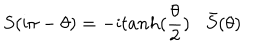
S ( \mathrm { i } \pi - \theta ) = - \mathrm { i } t a n h ( \frac { \theta } { 2 } ) \bar { S } ( \theta )